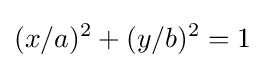
(x/a)^{2}+(y/b)^{2}=1